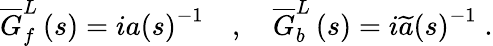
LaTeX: \begin{array}{r}{\overline{{G}}_{f}^{L}\left(s\right)=ia\left(s\right)^{-1}\quad,\quad\overline{{G}}_{b}^{L}\left(s\right)=i\widetilde{a}\left(s\right)^{-1}\; .}\end{array}